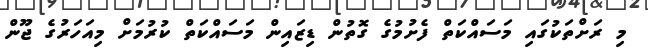
މި ރަށްތަކުގައި މަސައްކަތް ފެށުމުގެ ގޮތުން ޑިޒައިން މަސައްކަތް ކުރުމަށް މިއަހަރުގެ ޖޫން